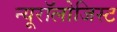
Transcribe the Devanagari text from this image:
न्यूरॉलोजिस्ट